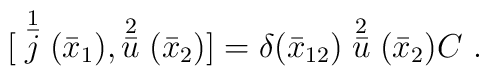
{[}\stackrel{1}{\bar j}(\bar x_1), \stackrel{2}{\bar u} (\bar x_2)]=\delta(\bar x_{12})\stackrel{2}{\bar u} (\bar x_2)C\ .